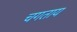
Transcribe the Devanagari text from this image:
चगताय